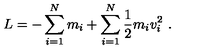
{ L = - \sum _ { i = 1 } ^ { N } m _ { i } + \sum _ { i = 1 } ^ { N } { \frac { 1 } { 2 } } m _ { i } v _ { i } ^ { 2 } \ . }